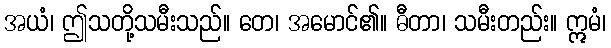
အယံ၊ ဤသတို့သမီးသည်။ တေ၊ အမောင်၏။ ဓီတာ၊ သမီးတည်း။ ဣမံ၊